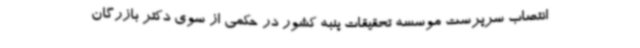
انتصاب سرپرست موسسه تحقیقات پنبه کشور در حکمی از سوی دکتر بازرگان